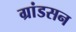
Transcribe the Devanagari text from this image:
ग्रांडसन